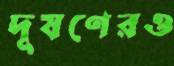
দূষণেরও